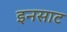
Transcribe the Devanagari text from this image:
इनसाट